Indian Medical Review
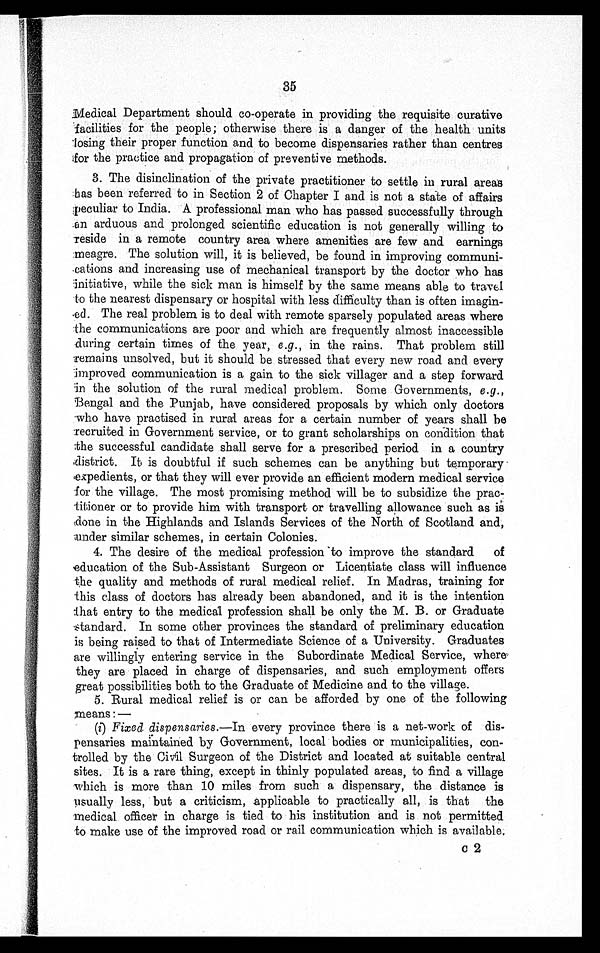
35
Medical Department should co-operate in providing the requisite curative
facilities for the people; otherwise there is a danger of the health units
losing their proper function and to become dispensaries rather than centres
for the practice and propagation of preventive methods.
3. The disinclination of the private practitioner to settle in rural areas
has been referred to in Section 2 of Chapter I and is not a state of affairs
peculiar to India. A professional man who has passed successfully through
an arduous and prolonged scientific education is not generally willing to
reside in a remote country area where amenities are few and earnings
meagre. The solution will, it is believed, be found in improving
c o m m u n i - c a t i o n s a n d i n c r e a s i n g u s e o f m e c h a n i c a l t r a n s p o r t b y t h e d o c t o r w h o h a s
initiative, while the sick man is himself by the same means able to travel
to the nearest dispensary or hospital with less difficulty than is often imagin-
ed. The real problem is to deal with remote sparsely populated areas where
the communications are poor and which are frequently almost inaccessible
during certain times of the year, e.g ., in the rains. That problem still
remains unsolved, but it should be stressed that every new road and every
improved communication is a gain to the sick villager and a step forward
in the solution of the rural medical problem. Some Governments, e.g.,
Bengal and the Punjab, have considered proposals by which only doctors
who have practised in rural areas for a certain number of years shall be
recruited in Government service, or to grant scholarships on condition that
the successful candidate shall serve for a prescribed period in a country
district. It is doubtful if such schemes can be anything but temporary
expedients, or that they will ever provide an efficient modern medical service
for the village. The most promising method will be to subsidize the prac-
titioner or to provide him with transport. or travelling allowance such as is
d one in the Highlands and Islands Services of the North of Scotland and,
under similar schemes, in certain Colonies.
4. The desire of the medical profession to improve the standard of
education of the Sub-Assistant Surgeon or Licentiate class will influence
the quality and methods of rural medical relief. In Madras, training for
this class of doctors has already been abandoned, and it is the intention
that entry to the medical profession shall be only the M. B. or Graduate
standard. In some other provinces the standard of preliminary education
is being raised to that of Intermediate Science of a University. Graduates
are willingly entering service in the Subordinate Medical Service, where
they are placed in charge of dispensaries, and such employment offers
great possibilities both to the Graduate of Medicine and to the village.
5. Rural medical relief is or can be afforded by one of the following
means :—
(i) Fixed dispensaries.— In every province there is a net-work of dis-
pensaries maintained by Government, local bodies or municipalities, con-
trolled by the Civil Surgeon of the District and located at suitable central
sites. It is a rare thing, except in thinly populated areas, to find a village
which is more than 10 miles from such a dispensary, the distance is
usually less, but a criticism, applicable to practically all, is that the
medical officer in charge is tied to his institution and is not permitted
to make use of the improved road or rail communication which is available.
c2